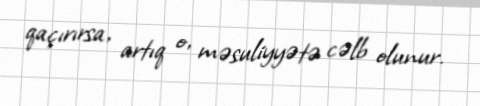
qaçırırsa, artıq o, məsuliyyətə cəlb olunur.